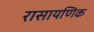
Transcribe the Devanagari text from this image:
रासायणिक